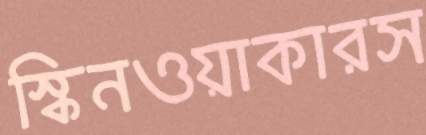
স্কিনওয়াকারস